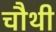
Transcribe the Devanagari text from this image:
चाैथी